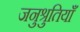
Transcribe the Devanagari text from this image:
जनुश्रुतियाँ